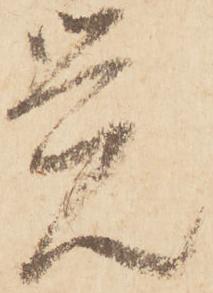
覚